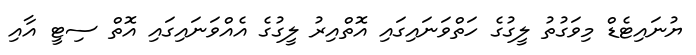
ޔުނައިޓެޑް މިވަގުތު ލީގުގެ ހަތްވަނައިގައި އޮތްއިރު ލީގުގެ އެއްވަނައިގައި އޮތް ސިޓީ އާއި